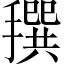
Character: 𢵬